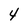
Character: 4